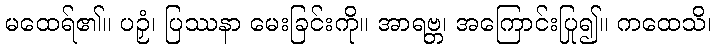
မထေရ်၏။ ပဉှံ၊ ပြဿနာ မေးခြင်းကို။ အာရဗ္ဘ၊ အကြောင်းပြု၍။ ကထေသိ၊